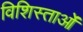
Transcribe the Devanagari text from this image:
विशिस्ताओं